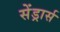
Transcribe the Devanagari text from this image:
सेंड्रार्स